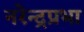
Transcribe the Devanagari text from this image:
नरेन्द्रप्रभा